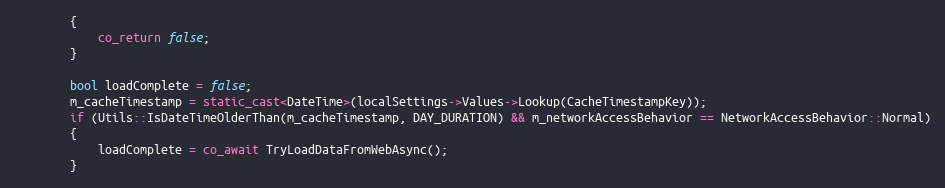
Language: C++
        {
            co_return false;
        }

        bool loadComplete = false;
        m_cacheTimestamp = static_cast<DateTime>(localSettings->Values->Lookup(CacheTimestampKey));
        if (Utils::IsDateTimeOlderThan(m_cacheTimestamp, DAY_DURATION) && m_networkAccessBehavior == NetworkAccessBehavior::Normal)
        {
            loadComplete = co_await TryLoadDataFromWebAsync();
        }